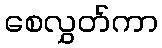
စေလွှတ်ကာ